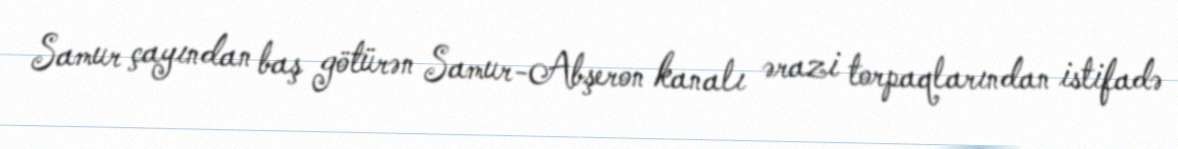
Samur çayından baş götürən Samur-Abşeron kanalı ərazi torpaqlarından istifadə